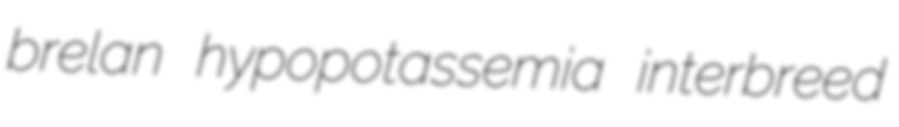
brelan hypopotassemia interbreed